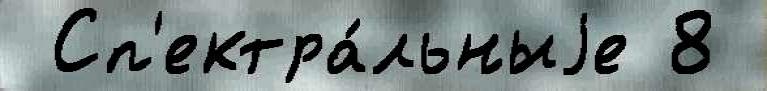
 Сп'ектра́льныjе 8